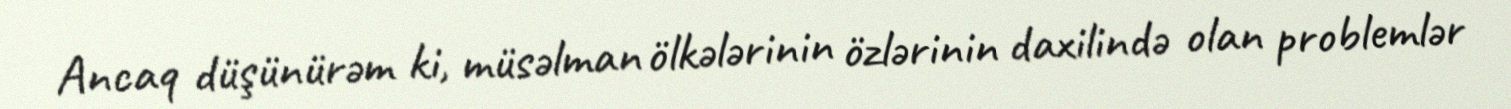
Ancaq düşünürəm ki, müsəlman ölkələrinin özlərinin daxilində olan problemlər